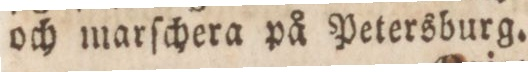
och marſchera på Petersburg.